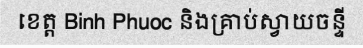
ខេត្ត Binh Phuoc និងគ្រាប់ស្វាយចន្ទី